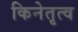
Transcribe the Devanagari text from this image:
किनेतृत्व